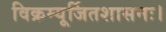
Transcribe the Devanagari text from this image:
विक्रम्यूर्जितशासनः।